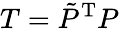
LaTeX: T=\tilde{P}^{\mathrm{T}}P